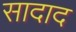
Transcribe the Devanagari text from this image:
सादाद